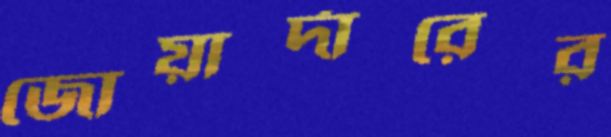
জোয়ার্দারের